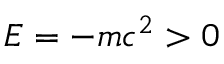
E = - m c ^ { 2 } > 0